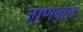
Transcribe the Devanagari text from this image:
जाणवात